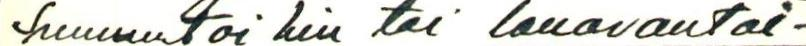
Sunnuntai hin tai lauavantai-